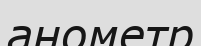
анометр